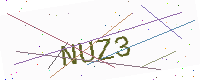
Text: NUZ3